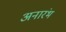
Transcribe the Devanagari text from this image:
अनारंभ